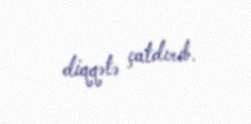
diqqətə çatdırıb.